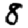
Digit: 8